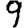
Digit: 9